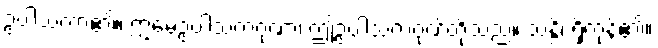
ဥပါသကာ၏။ ဣမေဥပါသကဂုဏာ၊ ဤဥပါသကဂုဏ်တို့သည်။ သန္တိ၊ ရှိကုန်၏။